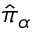
\hat { \boldsymbol { \pi } } _ { \alpha }